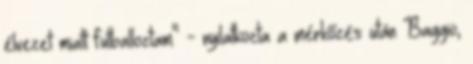
élvezet miatt futballoztam" - nyilatkozta a mérkőzés után Baggio,